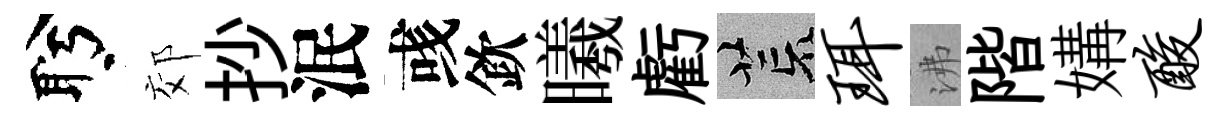
盻郊抄泯彧欽曦虧荒珥沸階媾酸